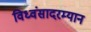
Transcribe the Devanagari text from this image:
विध्वंसादरम्यान